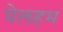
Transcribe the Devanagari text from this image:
पेलहम